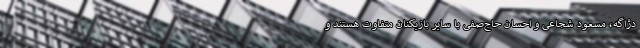
دژاگه، مسعود شجاعی و احسان حاج‌صفی با سایر بازیکنان متفاوت هستند و